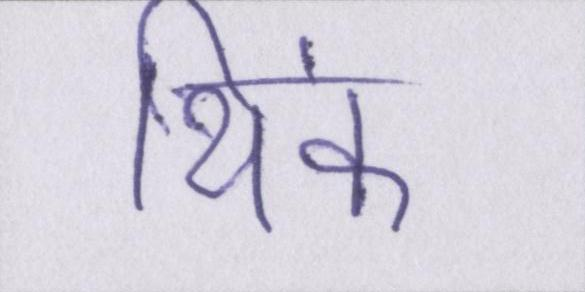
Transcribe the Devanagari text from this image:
थिंक